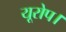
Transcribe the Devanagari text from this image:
यूरोप।